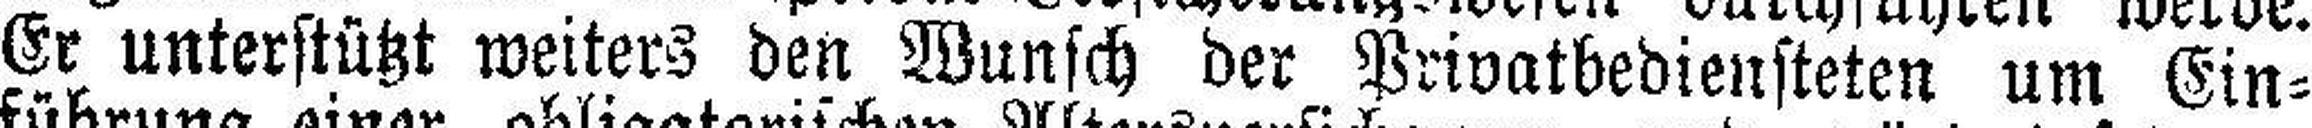
Er unterstützt weiters den Wunsch der Privatbediensteten um Ein¬